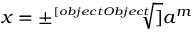
x = \pm { \sqrt [ [object Object] ] { a ^ { m } } }